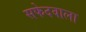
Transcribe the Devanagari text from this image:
सफेदवाला